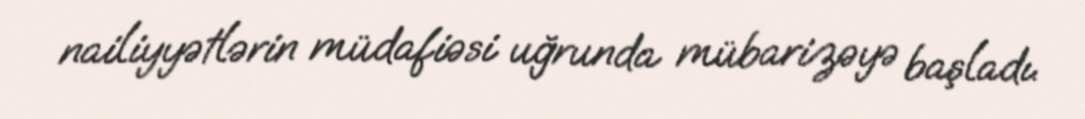
nailiyyətlərin müdafiəsi uğrunda mübarizəyə başladı.